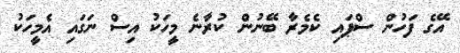
އޭގެ ފަހުން ސްޕައި ކެމެރާ ބޭނުން ކުރާނެ މީހަކު އިސް ނަގައި އެމީހަކު